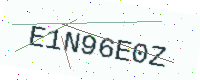
Text: E1N96E0Z